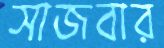
সাজবার